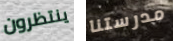
ينتظرون مدرستنا